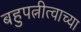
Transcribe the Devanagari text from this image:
बहुपत्नीत्वाच्या